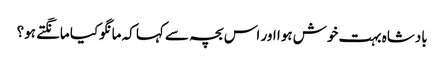
بادشاہ بہت خوش ہوا اور اس بچہ سے کہا کہ مانگوکیا مانگتے ہو؟